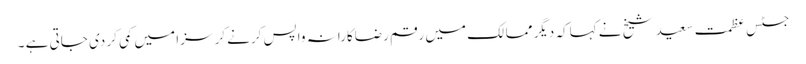
جسٹس عظمت سعید شیخ نے کہاکہ دیگر ممالک میں رقم رضاکارانہ واپس کرنے کر سزا میں کمی کر دی جاتی ہے ۔